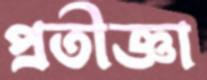
প্রতীজ্ঞা